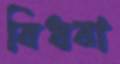
বিধবা